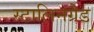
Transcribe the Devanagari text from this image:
स्टालिनग्रैड